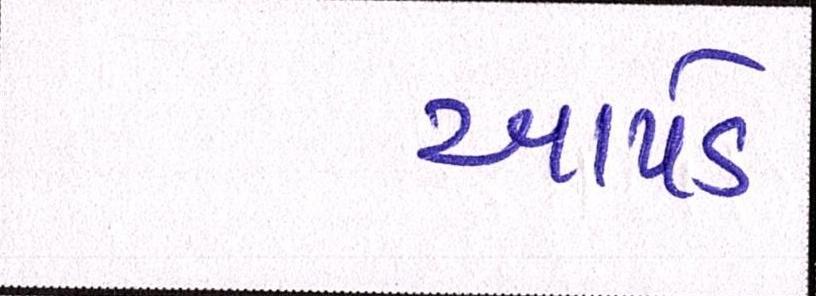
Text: આપડે